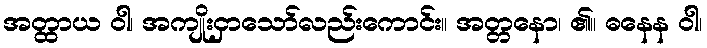
အတ္ထာယ ဝါ၊ အကျိုးငှာသော်လည်းကောင်း။ အတ္တနော၊ ၏။ ဓနေန ဝါ၊